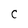
Character: c